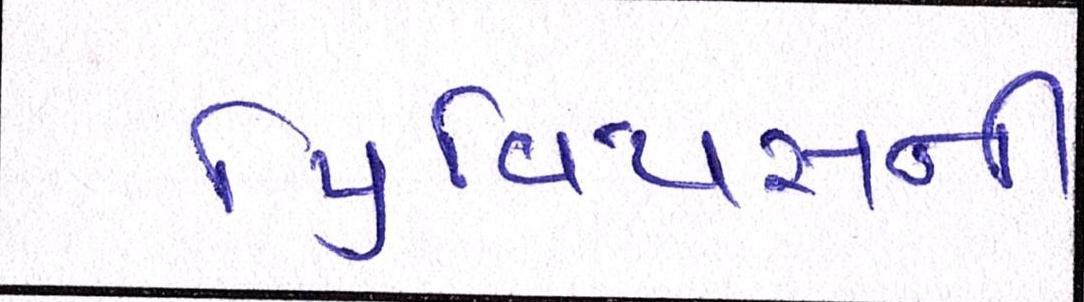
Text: પ્રિવિયસની